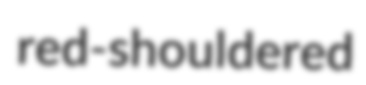
red-shouldered